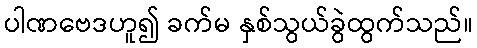
ပါဏဗေဒဟူ၍ ခက်မ နှစ်သွယ်ခွဲထွက်သည်။